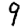
Digit: 9